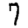
Digit: 7